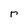
Character: r